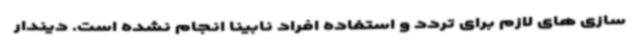
سازی های لازم برای تردد و استفاده افراد نابینا انجام نشده است. دیندار